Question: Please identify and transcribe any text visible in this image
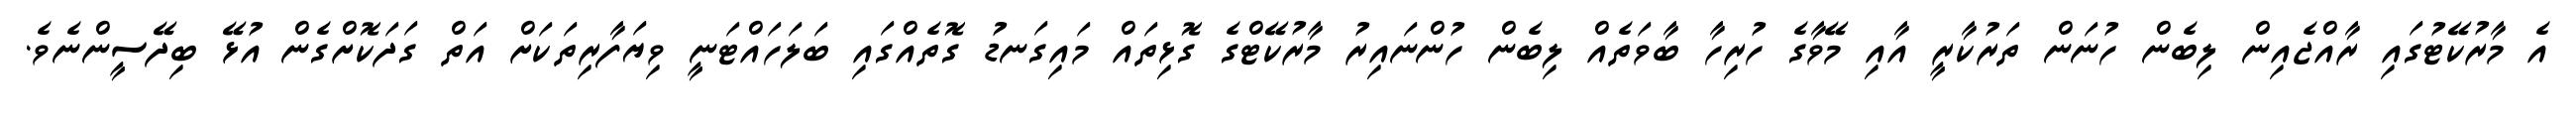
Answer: އެ މާރުކޭޓުގައި ރާއްޖެއިން ލިބެން ހުނަން ތަރުކާރީ އާއި މޭވާގެ ހުރިހާ ބާވަތެއް ލިބެން ހުންނައިރު މާރުކޭޓްގެ ގޮޅިތައް މައިގަނޑު ގޮތެއްގައި ބަލަހައްޓަނީ ވިޔަފާރިތަކަށް އަތް ގަދަކޮށްގެން އުޅޭ ބިދޭސީންނެވެ.